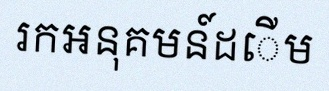
រកអនុគមន៍ដើម